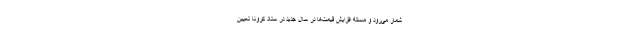
شمار می‌رود و مسئله افزایش قیمت‌ها در سال جدید در ستاد کرونا تعیین